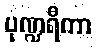
ပုဏ္ဍရီကာ